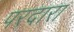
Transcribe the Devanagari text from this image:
परदारा